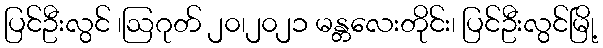
ပြင်ဦးလွင် ၊ဩဂုတ် ၂၀၊၂၀၂၁ မန္တလေးတိုင်း၊ ပြင်ဦးလွင်မြို့